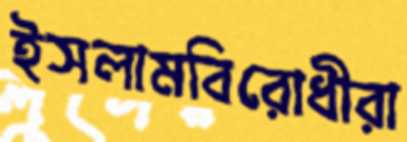
ইসলামবিরোধীরা